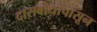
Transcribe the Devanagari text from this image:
दासबोधापासून